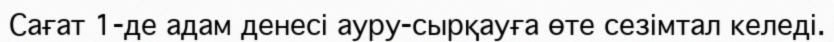
Сағат 1-де адам денесі ауру-сырқауға өте сезімтал келеді.